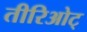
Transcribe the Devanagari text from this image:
तीरिओट्